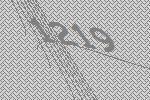
1219